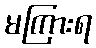
မကြားရ